Reports on military cantonments and civil stations in the Presidency of Bombay inspected by the Sanitary Commissioner in the years 1875 and 1876
Year: 1875
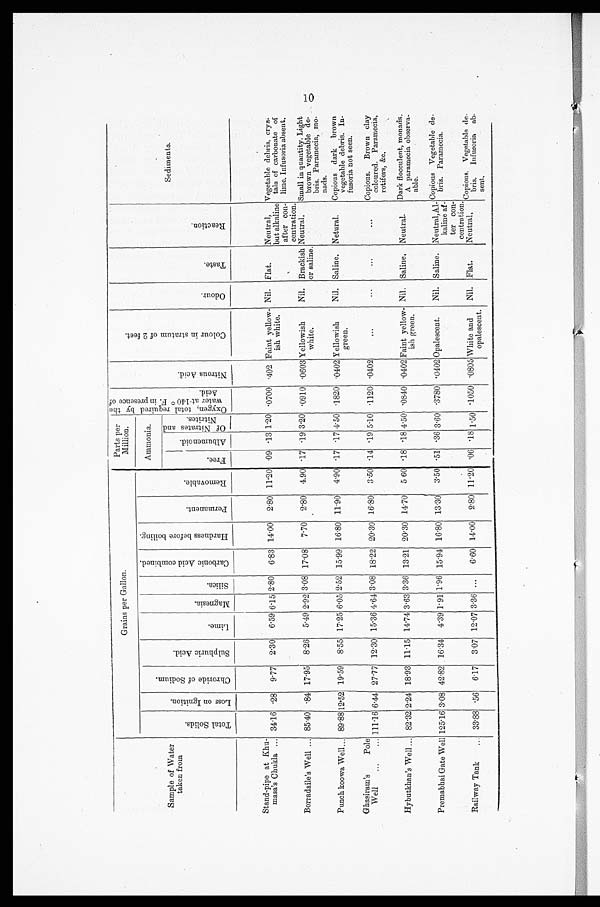
Grains per Gallon.
Parts per
Million. O x y g e n , t o t a l r e q u i r e d b y t h e
w a t e r a t 1 4 0 º F . i n p r e s e n c e o f A c i d .
N i t r o u s A c i d .
C o l o u r i n s t r a t u m o f 2 f e e t .
O d o u r .
T a s t e .
R e a t i o n .
Sediments.
Sample of Water
taken from
T o t a l S o l i d s .
L o s s o n I g n i t i o n .
C h r o r i d e o f S o d i u m .
S u l p h u r i c A c i d .
L i n e .
M a g n e s i a .
S i l i c a .
C a r b o n i c A c i d c o m b i n e d .
H a r d n e s s b e f o r e b o i l i n g .
P e r m a n e n t .
R e m o v a b l e .
Ammonia.
F r e e
A l b u me n o i d .
O f N i t i a t e s a n d
Ni t r i t es .
Stand-pipe at Khu-
masa's Chukla ... 34.16
. 2 8 9.77 2.30 6.59 6.15 2.80 6.83 14.00 2.80 11.20
. 0 9 . 1 3 1.20
. 0 7 0 0
. 4 0 2 Faint yellow-
ish white.
Nil. Flat.
Neutral,
but alkaline
after con-
centration.
Vegetable debris, crys-
tals of carbonate of
lime. Infusoria absent.
Borradaile's Well ... 85.40
. 8 4 17.95 8.26 5.49 2.92 3.08 17.08 7.70 2.80 4.90
. 1 7 . 1 9 3.20 .0910
. 0 6 0 3 Yellowish
whi t e.
Nil. Brackish
or saline.
Neutral. Small in quantity. Light
brown vegetable de-
bris. Paramecia, mo-
nads.
Punch koowa Well... 89.88 12.52 19.59 8.55 17.25 6.05 2.52 15.99 16.80 11.90 4.90
. 1 7 . 1 7 4.50 .1820
. 0 4 0 2 Yellowish
green.
Nil. Saline. Netural. Copious dark brown
vegetable debris. In-
fusoria not seen.
Ghasiram's Pole
Well ...
... 111.16 6.44 27.77 12.30 15.36 4.64 3.08 18.22 20.30 16.80 3.50
. 1 4 . 1 9 5.10 .1120 .0402
...
...
...
. . . Copious. Brown clay
coloured. Paramecia,
rotifers, &c.
Hybutklian's Well ... 82.32 2.24 18.93 11.15 14.74 3.63 3.36 13.21 20.30 14.70 560
. 1 8 . 1 8 4.50
. 0 8 4 0
. 0 4 0 2 Faint yellow-
ish green.
Nil. Saline. Neutral. Dark flocculent, monads.
A paramecia observa-
able.
Premabhai Gate Well 125.16 3.08 42.82 16.34 4.39 1.91 1.96 15.94 16.80 13.30 3.50
. 5 1 . 3 6 3.60 .3780
. 0 4 0 2 Opalescent. Nil. Saline. Neutral,Al-
kaline af-
ter con-
aion.
Copious vegetable de-
bris. Paramecia.
Railway Tank ... 33.88 .56 6.17 3.07 12.07 3.36 ... 6.60 14.00 2.80 11.20
. 0 6 . 1 8 1.50 .1050
. 0 8 0 5 White and
opalescent.
Nil. Flat.
Neutral.
Copious. Vegetable de-
bris. Infusoria ab-
sent.
10